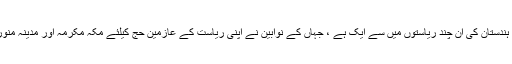
قابل ذکر ہے کہ ریاست بھوپال ہندستان کی ان چند ریاستوں میں سے ایک ہے ، جہاں کے نوابین نے اپنی ریاست کے عازمین حج کیلئے مکہ مکرمہ اور مدینہ منورہ میں رباط کی تعمیر کی تھی۔